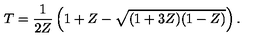
T = \frac { 1 } { 2 Z } \left( 1 + Z - \sqrt { ( 1 + 3 Z ) ( 1 - Z ) } \right) .